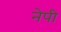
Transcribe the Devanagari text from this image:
नेपी